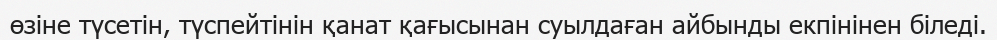
өзіне түсетін, түспейтінін қанат қағысынан суылдаған айбынды екпінінен біледі.